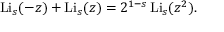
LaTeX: \operatorname { L i } _ { s } ( - z ) + \operatorname { L i } _ { s } ( z ) = 2 ^ { 1 - s } \operatorname { L i } _ { s } ( z ^ { 2 } ) .